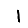
Digit: 1